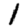
Digit: 1